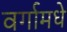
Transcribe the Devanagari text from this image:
वर्गामधे